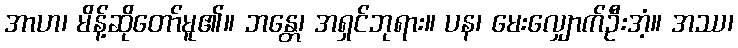
အာဟ၊ မိန့်ဆိုတော်မူ၏။ ဘန္တေ၊ အရှင်ဘုရား။ ပန၊ မေးလျှောက်ဦးအံ့။ အဿ၊